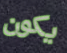
يكون